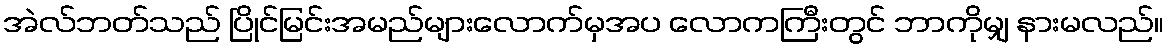
အဲလ်ဘတ်သည် ပြိုင်မြင်းအမည်များလောက်မှအပ လောကကြီးတွင် ဘာကိုမျှ နားမလည်။